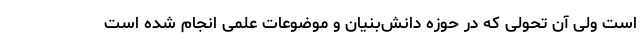
است ولی آن تحولی که در حوزه دانش‌بنیان و موضوعات علمی انجام شده است